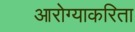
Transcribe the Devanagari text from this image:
आरोग्याकरिता